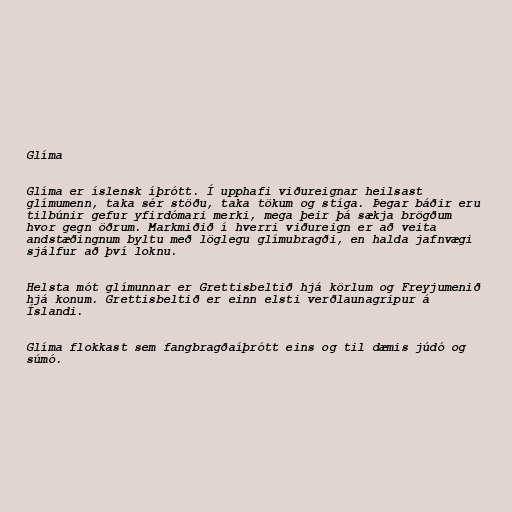
Glíma

Glíma er íslensk íþrótt. Í upphafi viðureignar heilsast
glímumenn, taka sér stöðu, taka tökum og stíga. Þegar báðir eru
tilbúnir gefur yfirdómari merki, mega þeir þá sækja brögðum
hvor gegn öðrum. Markmiðið í hverri viðureign er að veita
andstæðingnum byltu með löglegu glímubragði, en halda jafnvægi
sjálfur að því loknu.

Helsta mót glímunnar er Grettisbeltið hjá körlum og Freyjumenið
hjá konum. Grettisbeltið er einn elsti verðlaunagripur á
Íslandi.

Glíma flokkast sem fangbragðaíþrótt eins og til dæmis júdó og
súmó.